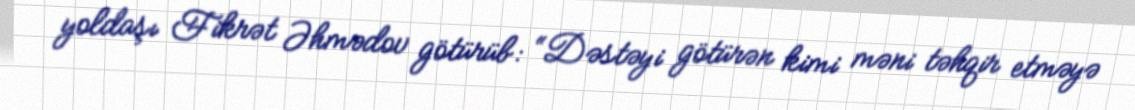
yoldaşı Fikrət Əhmədov götürüb: “Dəstəyi götürən kimi məni təhqir etməyə